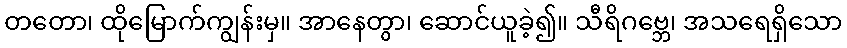
တတော၊ ထိုမြောက်ကျွန်းမှ။ အာနေတွာ၊ ဆောင်ယူခဲ့၍။ သီရိဂဗ္ဘေ၊ အသရေရှိသော